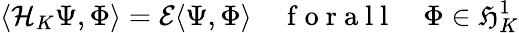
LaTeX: \langle\mathcal{H}_{K}\Psi,\Phi\rangle=\mathcal{E}\langle\Psi,\Phi\rangle\quad\mathrm{~f~o~r~a~l~l~}\quad\Phi\in\mathfrak{H}_{K}^{1}